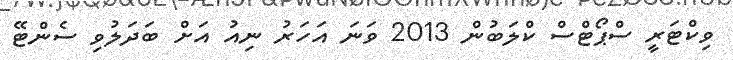
ވިކްޓަރީ ސްޕޯޓްސް ކްލަބުން 2013 ވަނަ އަހަރު ނިއު އަށް ބަދަލުވި ސެންޓޭ